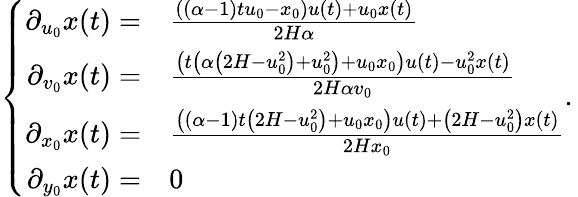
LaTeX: \left\{ \begin{array}{rl}{\partial_{u_{0}}x(t)=}&{\frac{((\alpha-1)tu_{0}-x_{0})u(t)+u_{0}x(t)}{2H\alpha}}\\ {\partial_{v_{0}}x(t)=}&{\frac{\left(t\left(\alpha\left(2H-u_{0}^{2}\right)+u_{0}^{2}\right)+u_{0}x_{0}\right)u(t)-u_{0}^{2}x(t)}{2H\alpha v_{0}}}\\ {\partial_{x_{0}}x(t)=}&{\frac{\left((\alpha-1)t\left(2H-u_{0}^{2}\right)+u_{0}x_{0}\right)u(t)+\left(2H-u_{0}^{2}\right)x(t)}{2Hx_{0}}}\\ {\partial_{y_{0}}x(t)=}&{0}\end{array}.\right.